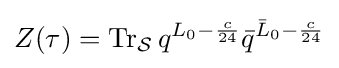
Z(\tau )=\operatorname {Tr} _{\mathcal {S}}q^{L_{0}-{\frac {c}{24}}}{\bar {q}}^{{\bar {L}}_{0}-{\frac {c}{24}}}